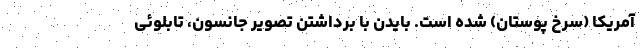
آمریکا (سرخ پوستان) شده است. بایدن با برداشتن تصویر جانسون، تابلوئی